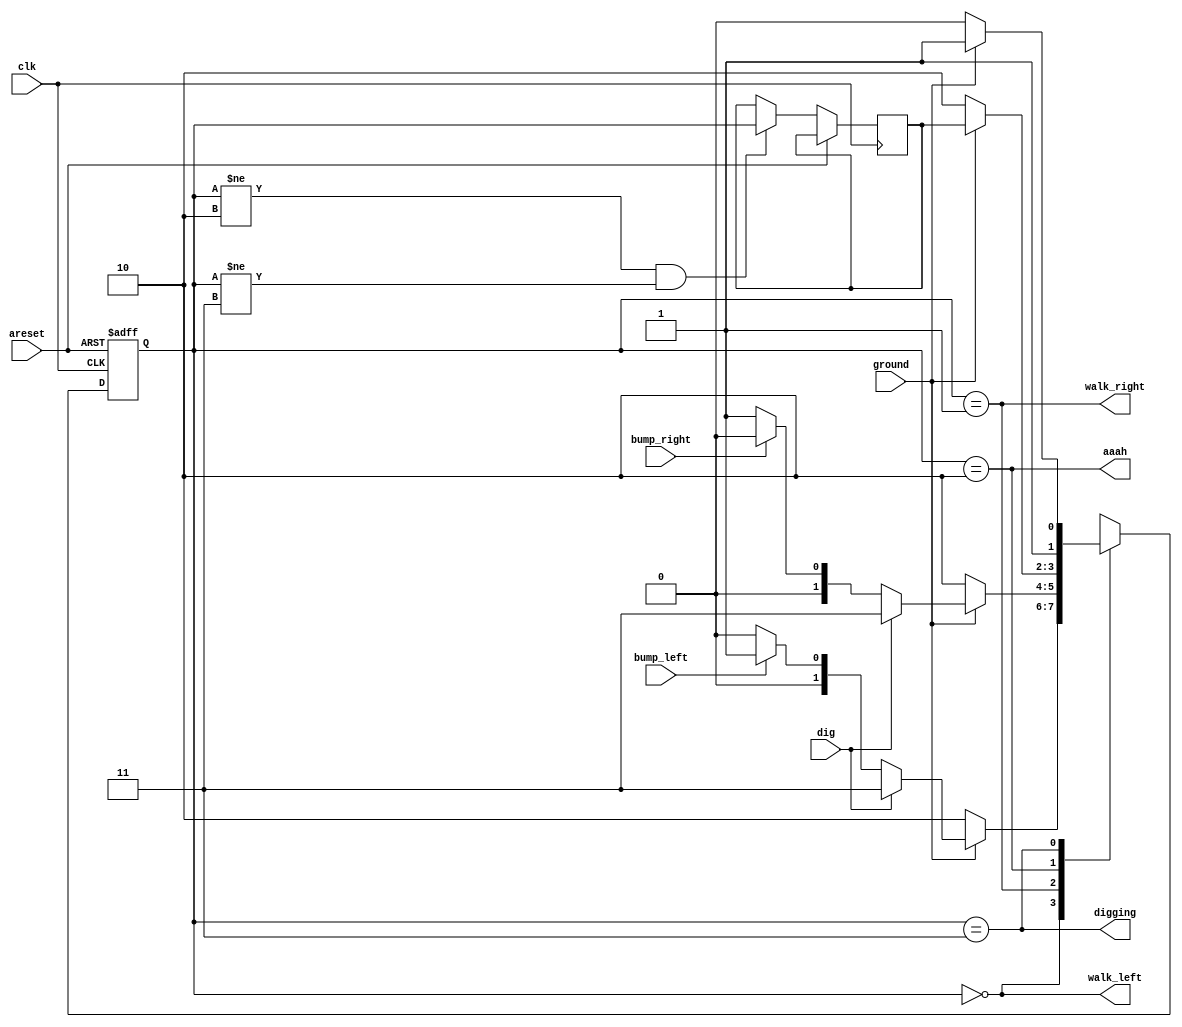
module top_module(
    input clk,
    input areset,    // Freshly brainwashed Lemmings walk left.
    input bump_left,
    input bump_right,
    input ground,
    input dig,
    output walk_left,
    output walk_right,
    output aaah,
    output digging 
); 

    reg [1:0] state, next_state, last_state;
    
    parameter LEFT=0, RIGHT=1, FALL=2, DIG=3;
    
    always @(posedge clk or posedge areset) begin
        // State flip-flops with asynchronous reset
        if (areset) state <= LEFT;
        else begin 
            state <= next_state;
            if (state != FALL && state != DIG) last_state = state;
        end
    end
    
    always @(*) begin
        // State transition logic
        case (state)
            LEFT: begin
                if (ground) next_state = dig ? DIG : (bump_left ? RIGHT : LEFT);
                else next_state = FALL;
            end
            RIGHT: begin
                if (ground) next_state = dig ? DIG : (bump_right ? LEFT : RIGHT);
                else next_state = FALL;
            end
            FALL:  begin
                if (ground) next_state = last_state;
                else next_state = FALL;
            end
            DIG: begin
                if (ground) next_state = DIG;
                else next_state = FALL;
            end
        endcase
    end
    
    // Output logic
    assign walk_left = (state == LEFT);
    assign walk_right = (state == RIGHT);
    assign aaah = (state == FALL);
    assign digging = (state == DIG);
endmodule